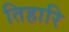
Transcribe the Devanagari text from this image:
तिहारि